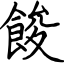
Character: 餕